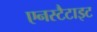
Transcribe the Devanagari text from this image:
एनस्टैटाइट